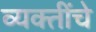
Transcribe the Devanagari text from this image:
व्‍यक्‍तींचे